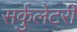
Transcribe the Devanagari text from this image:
सर्कुलेटरी